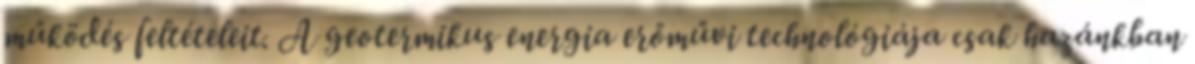
működés feltételeit. A geotermikus energia erőművi technológiája csak hazánkban